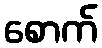
စောက်